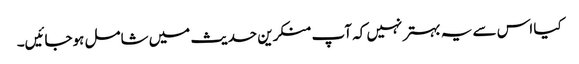
کیا اس سے یہ بہتر نہیں کہ آپ منکرین حدیث میں شامل ہوجائیں۔